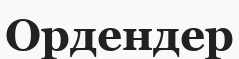
Ордендер